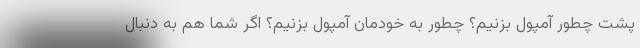
پشت چطور آمپول بزنیم؟ چطور به خودمان آمپول بزنیم؟ اگر شما هم به دنبال